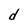
Character: d